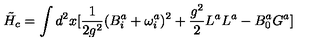
\tilde { H } _ { c } = \int d ^ { 2 } x [ \frac { 1 } { 2 g ^ { 2 } } ( B _ { i } ^ { a } + \omega _ { i } ^ { a } ) ^ { 2 } + \frac { g ^ { 2 } } { 2 } L ^ { a } L ^ { a } - B _ { 0 } ^ { a } G ^ { a } ]